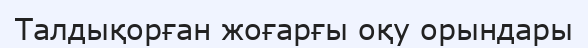
Талдықорған жоғарғы оқу орындары